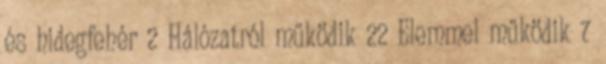
és hidegfehér 2 Hálózatról működik 22 Elemmel működik 7